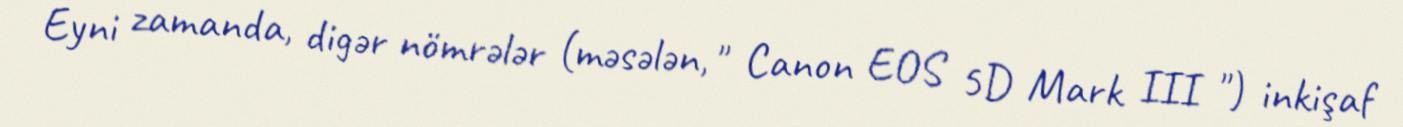
Eyni zamanda, digər nömrələr (məsələn, " Canon EOS 5D Mark III ") inkişaf